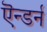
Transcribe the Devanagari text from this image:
ऎन्डर्न